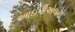
આઇપીએલનો